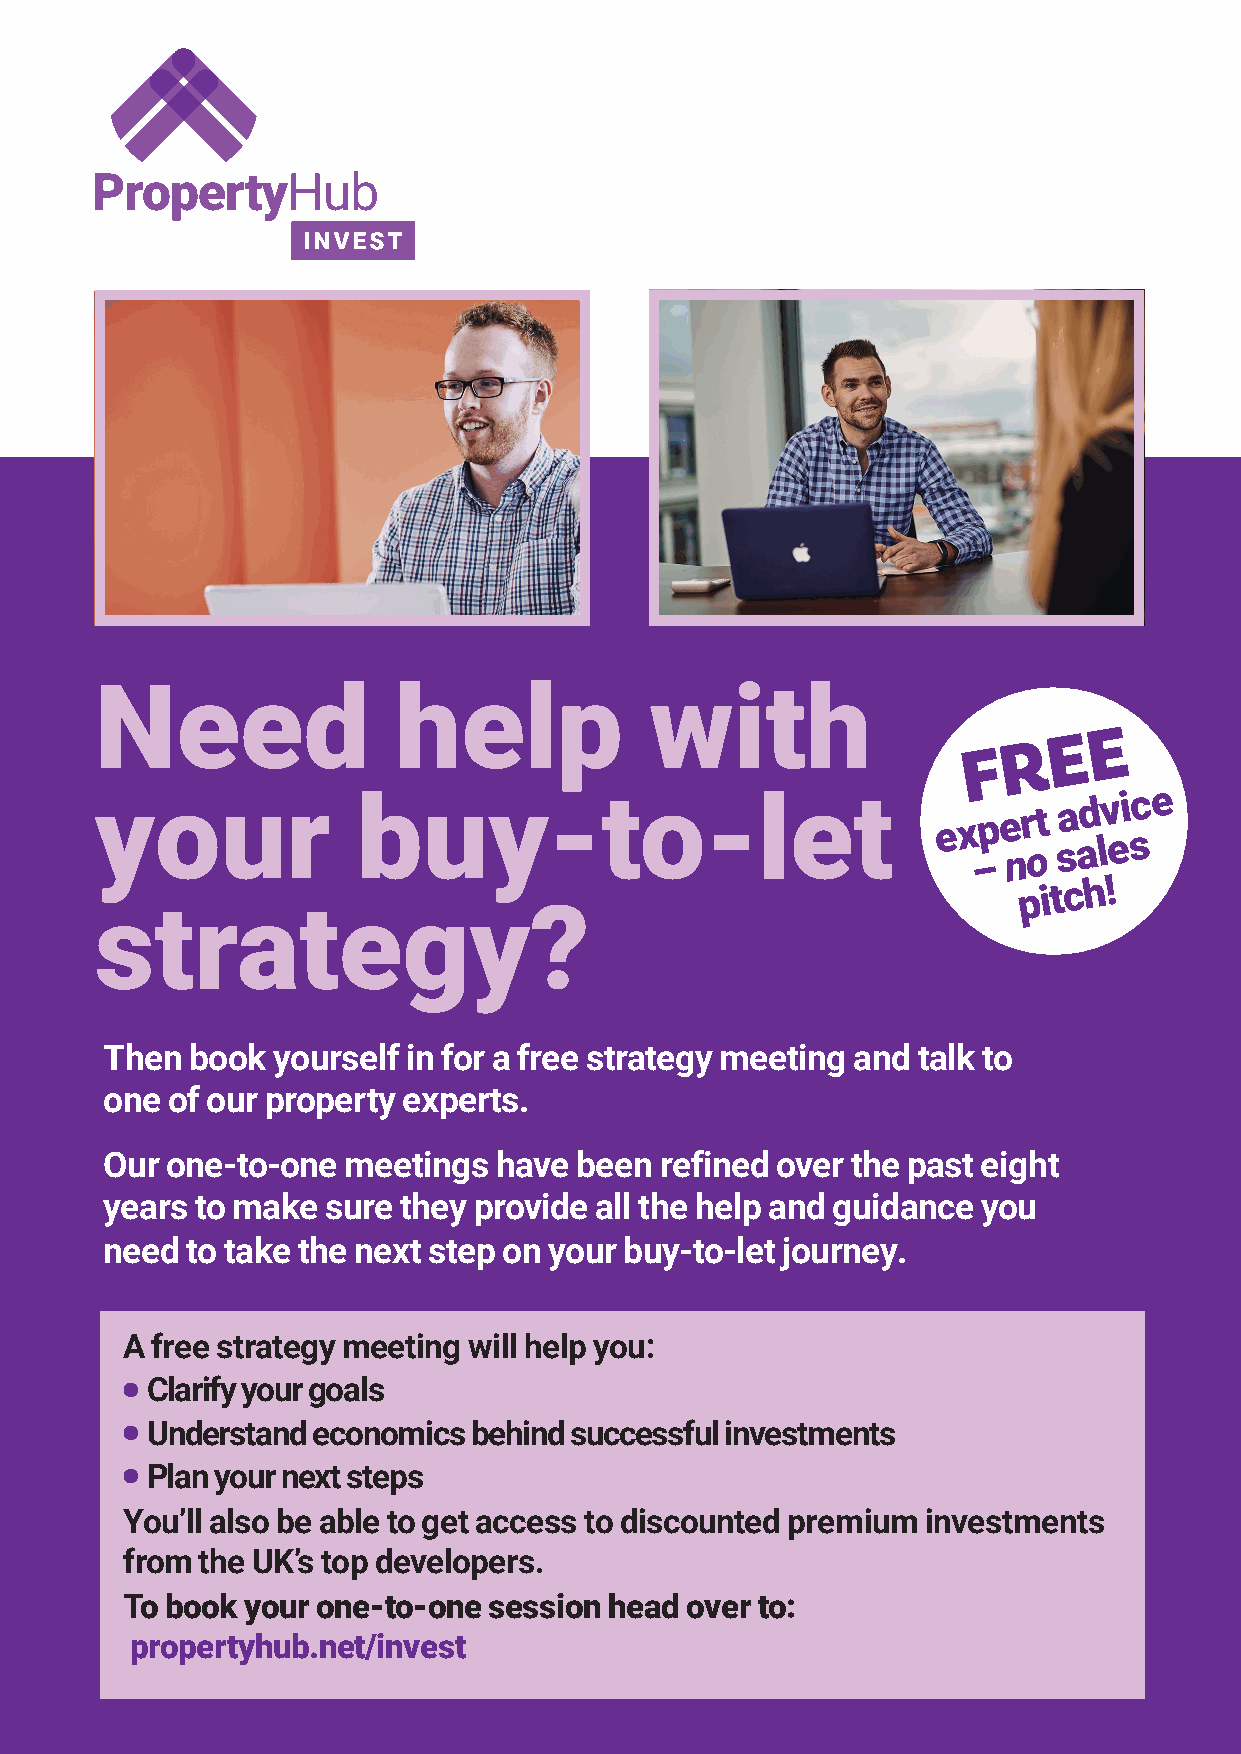
Need                help             with
 E
 E
 R
 F
 your              buy-to-let                            ex –p e nr ot sa ad lv ei sc e
 pitch!
 strategy?
 Then  book yourself in for a free strategy meeting and talk to
 one of our property experts.
 Our one-to-one  meetings  have been  refined over the past eight
 years to make sure they provide all the help and guidance you
 need to take the next step on your buy-to-let journey.
 A free strategy meeting will help you:
 Clarify your goals
 Understand economics behind successful investments
 Plan your next steps
 You’ll also be able to get access to discounted premium investments
 from the UK’s top developers.
 To book your one-to-one session head over to:
 propertyhub.net/invest